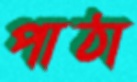
পাঠা